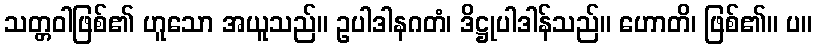
သတ္တဝါဖြစ်၏ ဟူသော အယူသည်။ ဥပါဒါနဂတံ၊ ဒိဋ္ဌုပါဒါန်သည်။ ဟောတိ၊ ဖြစ်၏။ ပ။